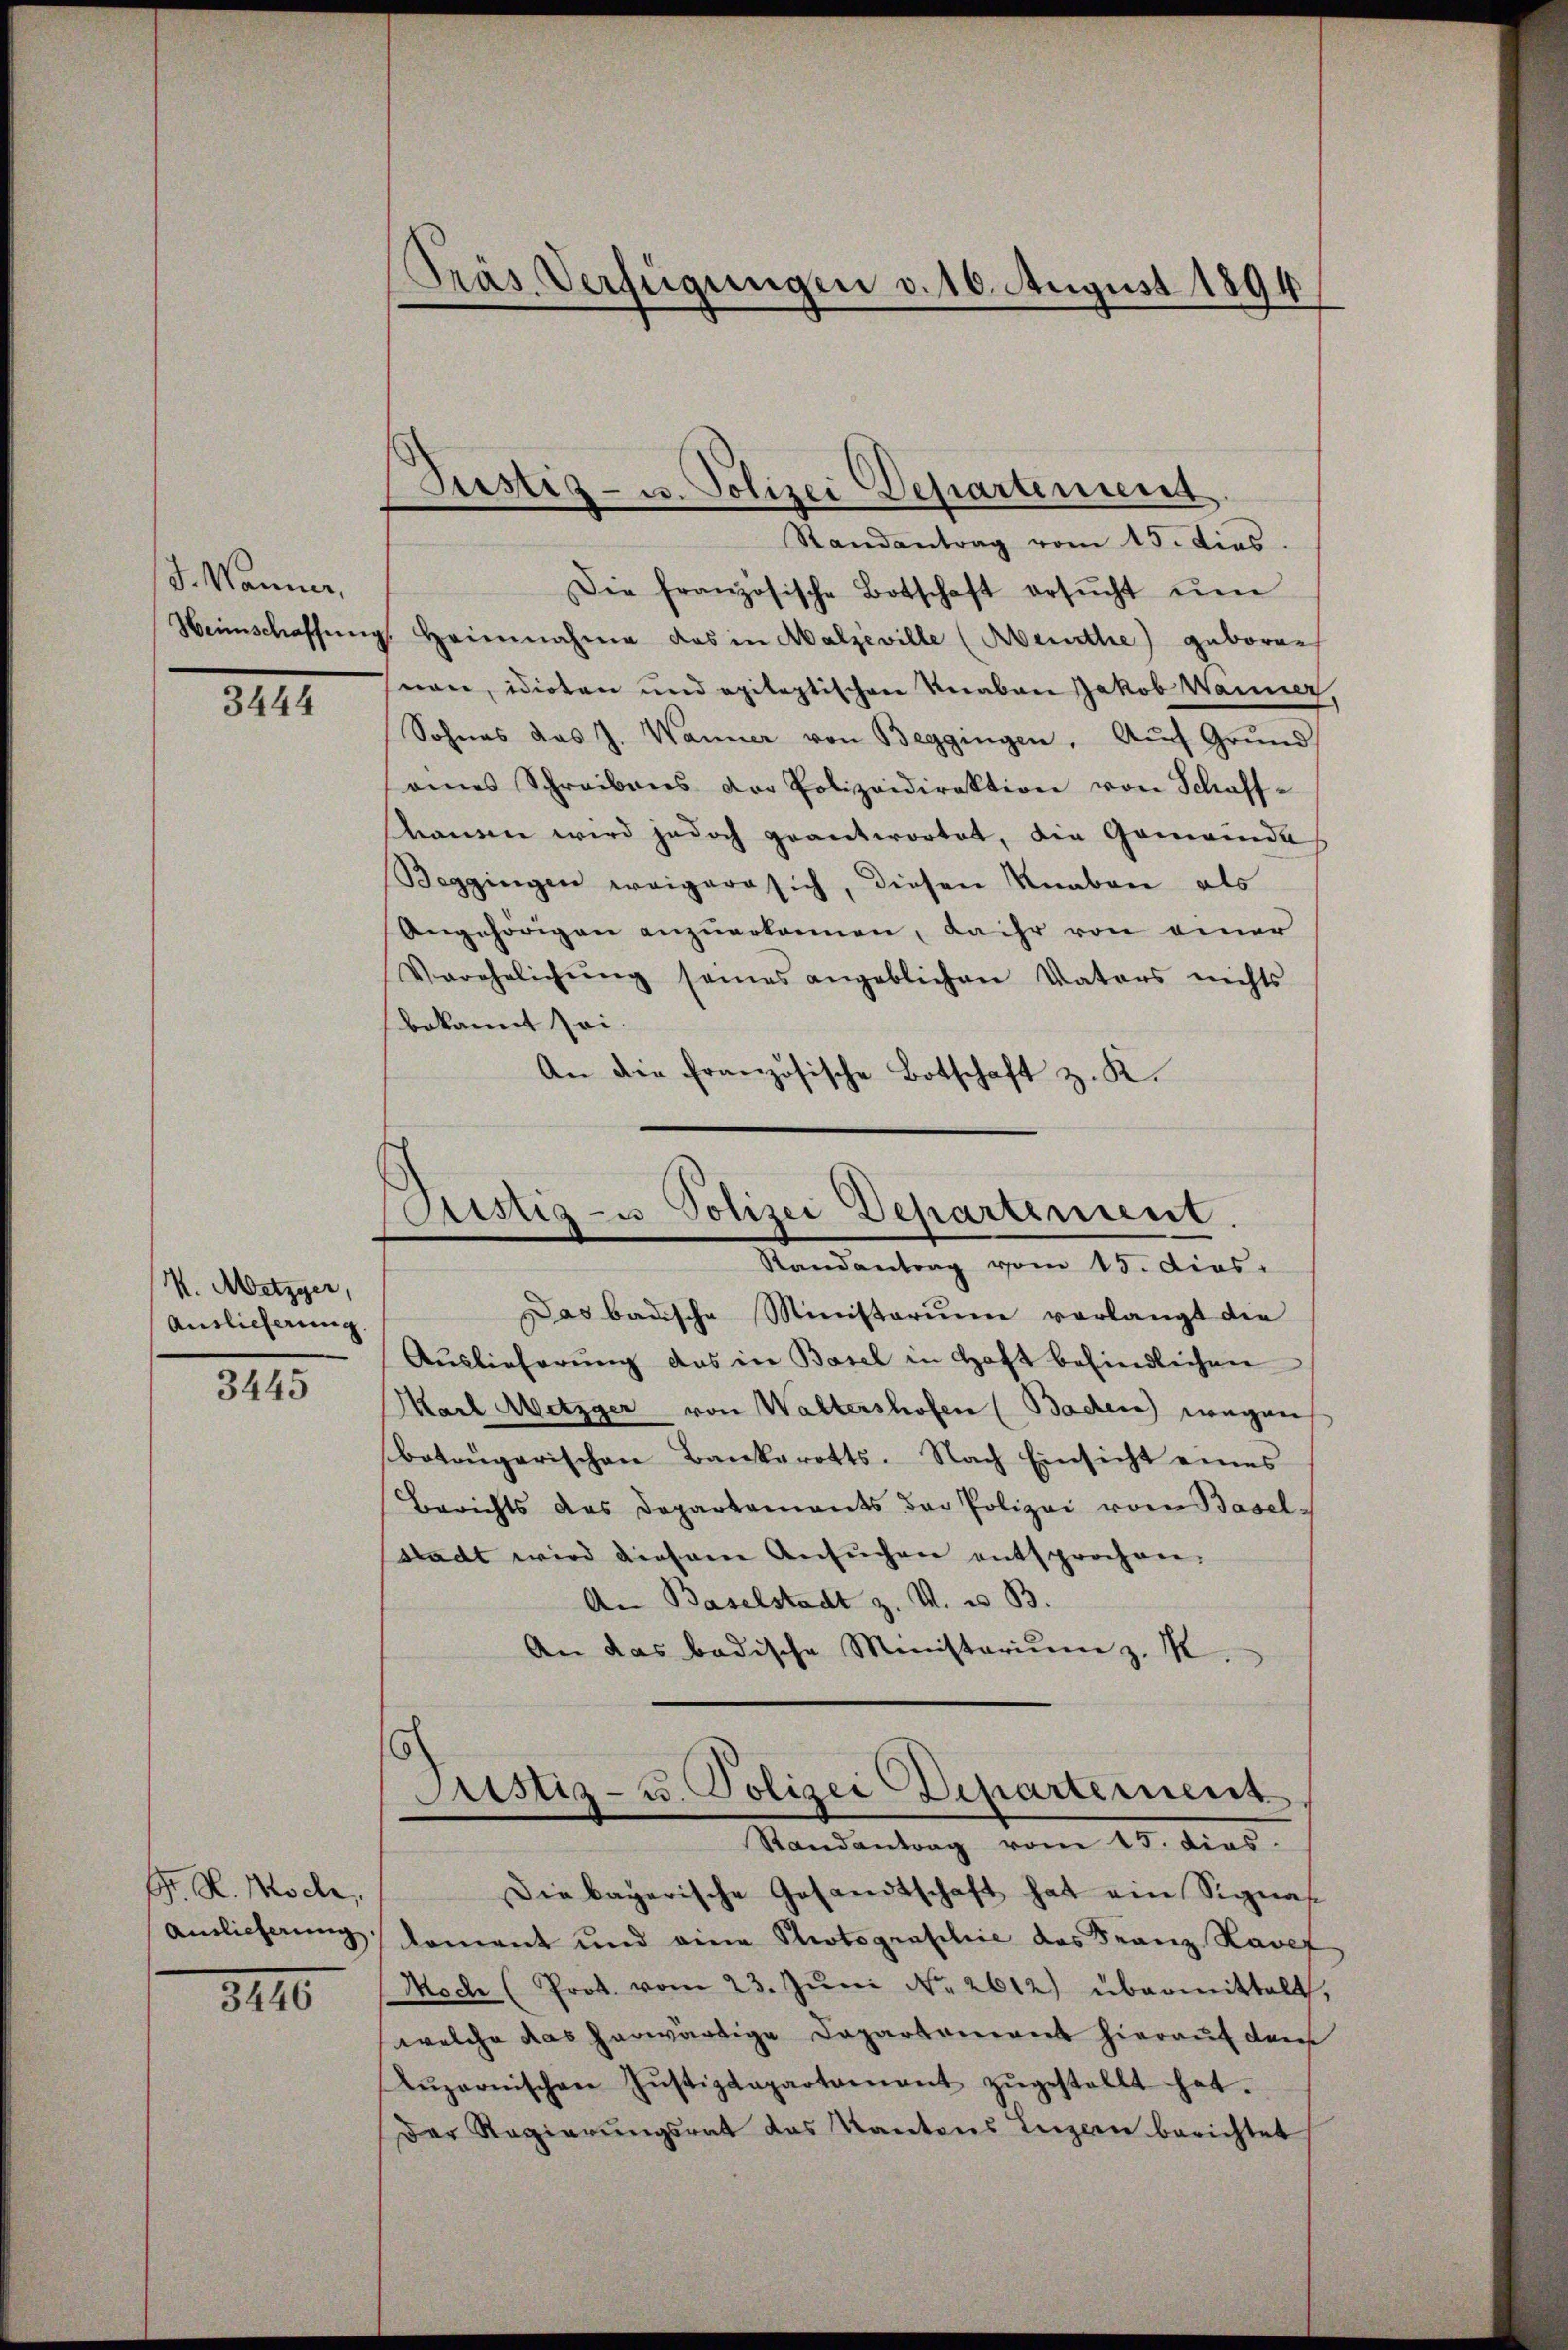
J. Wanner,

3444

M. Metzger,
Auslieferung.

3445

Gr. R. Woche,
Auslicherung.

8110

Präs. Verfügungen v. 16. August 1894

(Justiz- u. Polizei Departement
Randantrag vom 15. dies

Die französische Botschaft ersŭcht ŭm
Heimschaffŭng Heinnahme das in Malzeville (Abenthe) geboren
non, idioten und epileptischen Knaben Jakob Wanner,
Sohnes das J. Wanner von Beggingen. Aŭf Grŭnd
eines Schreibens der Polizeidirektion von Schaff-
hauen wird jedoch geantwortet, die Gemeinde
Beggingen weiger sich, diesen Knaben als
Angehörigen anzuerkamen, Laihr von einer
Verehelichŭng seines angeblichen Vaters nichts
bekannt sei
An die französische Botschaft z. K.

Sistiz- u Polizei Departement.
Randantrag vom 15. dies.

Das badische Ministerium vorlangt die
Auslieferung das in Basel in Haft befindlichen
Marl Metzger von Waltershofen (Bacere) wegen
botengarischen Bankerotts. Nach Einsicht eines
Berichts des Departements der Polizei vom Basel-
Stadt wird diesem Ansŭchen entsprochen.
An Baselstadt z. V. u. B.
An das badische Ministerium z. K.
h
Justiz- u. Polizei Departement,
Randantrag vom 15. dies
Die bayerische Gesandtschaft hat ein Signas-
koment und eine Photograschie das Franz Haver
Noch (Prot. vom 23. Jŭni Nr. 2612) übermittelt,
welche das herwärtige Departement hierauf dem
Lŭzernischen Jŭstizdepartament zŭgestellt hat.
Der Regierŭngsrat das Kantons Leicen berichtet